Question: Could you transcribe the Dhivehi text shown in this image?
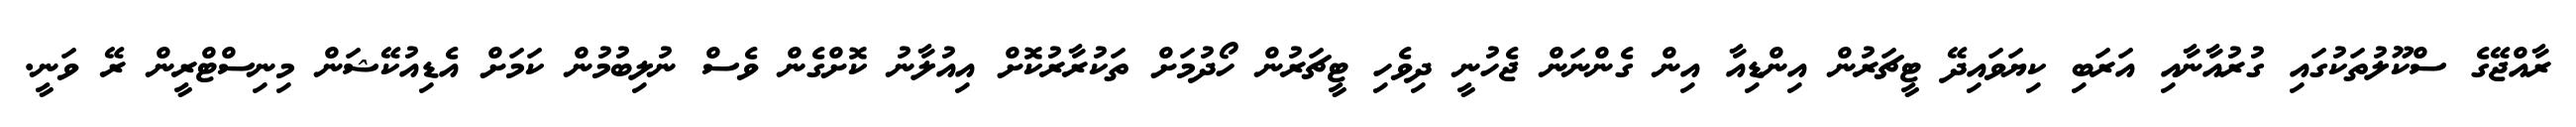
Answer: ރާއްޖޭގެ ސްކޫލުތަކުގައި ގުރުއާނާއި އަރަބި ކިޔަވައިދޭ ޓީޗަރުން އިންޑިއާ އިން ގެންނަން ޖެހުނީ ދިވެހި ޓީޗަރުން ހޯދުމަށް ތަކުރާރުކޮށް އިއުލާނު ކޮށްގެން ވެސް ނުލިބުމުން ކަމަށް އެޑިއުކޭޝަން މިނިސްޓްރީން ރޭ ވަނީ.